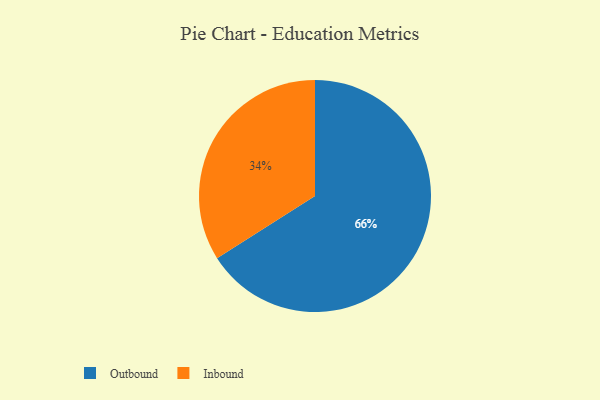
{"axis": {"x": "Category", "y": "Percentage"}, "legend": ["Inbound", "Outbound"], "data": [{"x": "Outbound", "y": 66, "type": "Outbound"}, {"x": "Inbound", "y": 34, "type": "Inbound"}]}